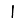
Digit: 1